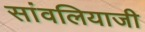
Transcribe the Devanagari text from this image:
सांवलियाजी